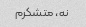
نه، متشکرم